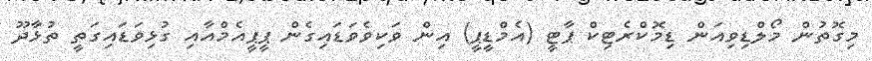
މިގޮތުން މޯލްޑިވިއަން ޑިމޮކްރެޓިކް ޕާޓީ (އެމްޑީޕީ) އިން ވަކިވެވަޑައިގެން ޕީޕީއެމްއާއި ގުޅިވަޑައިގަތީ ތުޅާދޫ